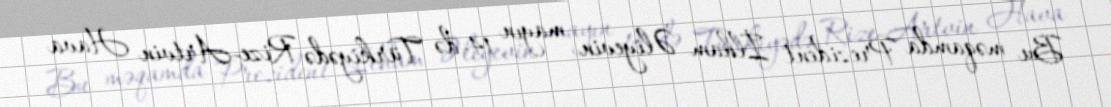
Bu məqamda Prezident İlham Əliyevin mayın 14-də Türkiyədə Rize-Artvin Hava